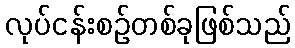
လုပ်ငန်းစဉ်တစ်ခုဖြစ်သည်